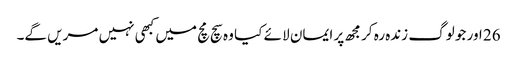
26 اور جو لوگ زندہ رہ کر مجھ پر ایمان لا ئے کیا وہ سچ مچ میں کبھی نہیں مریں گے۔